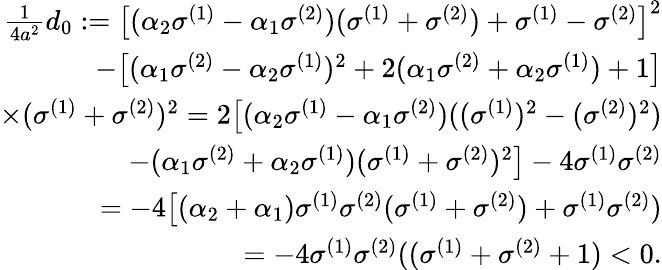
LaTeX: \begin{array}{r}{\frac{1}{4a^{2}}d_{0}:=\big[(\alpha_{2}\sigma^{(1)}-\alpha_{1}\sigma^{(2)})(\sigma^{(1)}+\sigma^{(2)})+\sigma^{(1)}-\sigma^{(2)}\big]^{2}}\\ {-\big[(\alpha_{1}\sigma^{(2)}-\alpha_{2}\sigma^{(1)})^{2}+2(\alpha_{1}\sigma^{(2)}+\alpha_{2}\sigma^{(1)})+1\big]}\\ {\times(\sigma^{(1)}+\sigma^{(2)})^{2}=2\big[(\alpha_{2}\sigma^{(1)}-\alpha_{1}\sigma^{(2)})((\sigma^{(1)})^{2}-(\sigma^{(2)})^{2})}\\ {-(\alpha_{1}\sigma^{(2)}+\alpha_{2}\sigma^{(1)})(\sigma^{(1)}+\sigma^{(2)})^{2}\big]-4\sigma^{(1)}\sigma^{(2)}}\\ {=-4\big[(\alpha_{2}+\alpha_{1})\sigma^{(1)}\sigma^{(2)}(\sigma^{(1)}+\sigma^{(2)})+\sigma^{(1)}\sigma^{(2)})}\\ {=-4\sigma^{(1)}\sigma^{(2)}((\sigma^{(1)}+\sigma^{(2)}+1)<0.}\end{array}